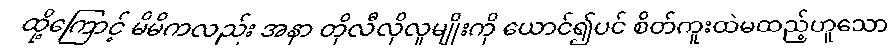
ထို့ကြောင့် မိမိကလည်း အနာ တိုလီလိုလူမျိုးကို ယောင်၍ပင် စိတ်ကူးထဲမထည့်ဟူသော